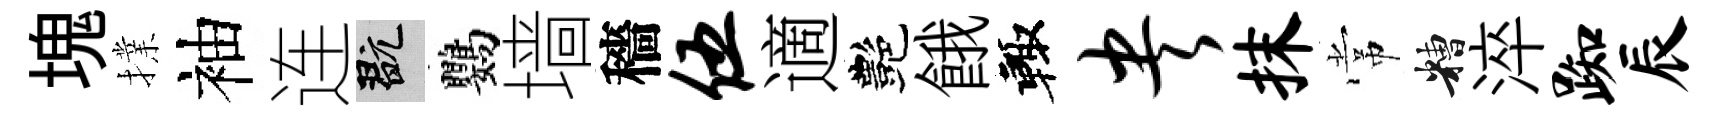
塊擈袖连玩鸚墙穡伍適艷餓輙央抹常糟淬踟辰